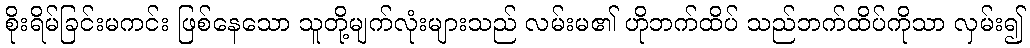
စိုးရိမ်ခြင်းမကင်း ဖြစ်နေသော သူတို့မျက်လုံးများသည် လမ်းမ၏ ဟိုဘက်ထိပ် သည်ဘက်ထိပ်ကိုသာ လှမ်း၍